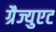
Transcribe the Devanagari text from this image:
ग्रैज्युएट